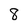
Character: 8